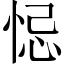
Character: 𢚁